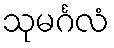
သုမင်္ဂလံ